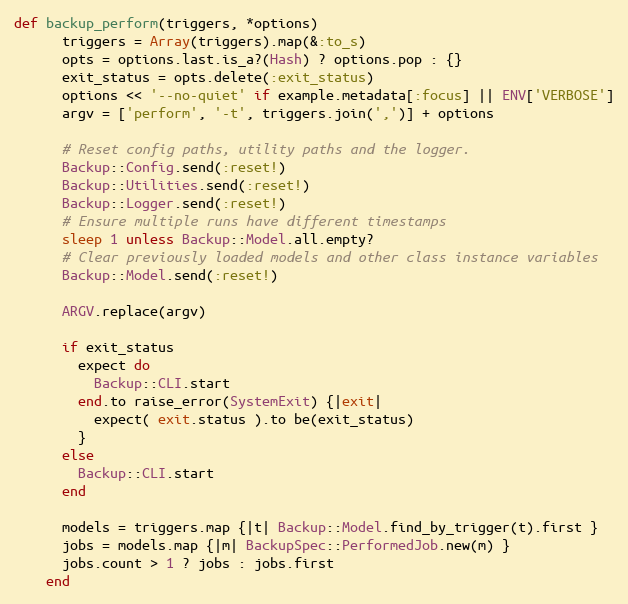
Language: Ruby
def backup_perform(triggers, *options)
      triggers = Array(triggers).map(&:to_s)
      opts = options.last.is_a?(Hash) ? options.pop : {}
      exit_status = opts.delete(:exit_status)
      options << '--no-quiet' if example.metadata[:focus] || ENV['VERBOSE']
      argv = ['perform', '-t', triggers.join(',')] + options

      # Reset config paths, utility paths and the logger.
      Backup::Config.send(:reset!)
      Backup::Utilities.send(:reset!)
      Backup::Logger.send(:reset!)
      # Ensure multiple runs have different timestamps
      sleep 1 unless Backup::Model.all.empty?
      # Clear previously loaded models and other class instance variables
      Backup::Model.send(:reset!)

      ARGV.replace(argv)

      if exit_status
        expect do
          Backup::CLI.start
        end.to raise_error(SystemExit) {|exit|
          expect( exit.status ).to be(exit_status)
        }
      else
        Backup::CLI.start
      end

      models = triggers.map {|t| Backup::Model.find_by_trigger(t).first }
      jobs = models.map {|m| BackupSpec::PerformedJob.new(m) }
      jobs.count > 1 ? jobs : jobs.first
    end